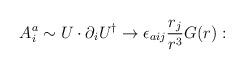
LaTeX: \begin{align*}A_i^a \sim U \cdot {\partial_i } U^{\dagger} \to \epsilon_{aij} { r_j \over r^3} G(r):\end{align*}